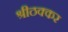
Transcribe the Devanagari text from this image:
श्रीठक्कर